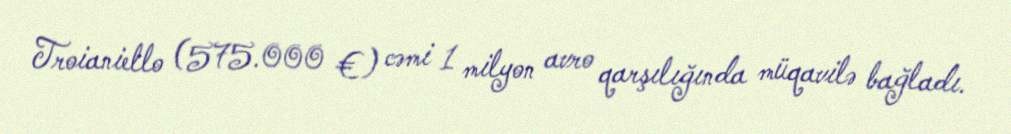
Troianiello (575.000 €) cəmi 1 milyon avro qarşılığında müqavilə bağladı.